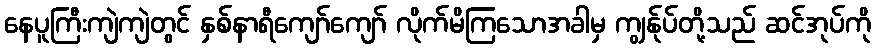
နေပူကြီးကျဲကျဲတွင် နှစ်နာရီကျော်ကျော် လိုက်မိကြသောအခါမှ ကျွန်ုပ်တို့သည် ဆင်အုပ်ကို